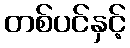
တစ်ပင်နှင့်